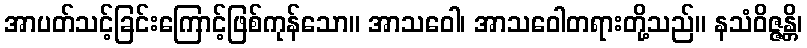
အာပတ်သင့်ခြင်းကြောင့်ဖြစ်ကုန်သော။ အာသဝေါ၊ အာသဝေါတရားတို့သည်။ နသံဝိဇ္ဇန္တိ၊